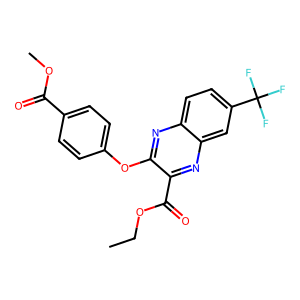
SMILES: CCOC(=O)c1nc2cc(C(F)(F)F)ccc2nc1Oc1ccc(C(=O)OC)cc1
Inhibits HIV replication: No